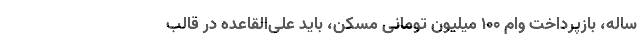
ساله، بازپرداخت وام ۱۰۰ میلیون تومانی مسکن، باید علی‌القاعده در قالب